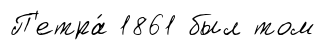
П'етра́ 1861 был том